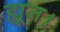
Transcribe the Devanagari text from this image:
ह्यूज।